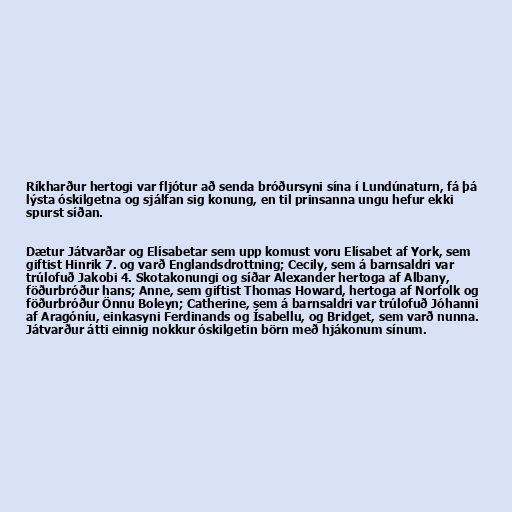
Ríkharður hertogi var fljótur að senda bróðursyni sína í Lundúnaturn, fá þá
lýsta óskilgetna og sjálfan sig konung, en til prinsanna ungu hefur ekki
spurst síðan.

Dætur Játvarðar og Elísabetar sem upp komust voru Elísabet af York, sem
giftist Hinrik 7. og varð Englandsdrottning; Cecily, sem á barnsaldri var
trúlofuð Jakobi 4. Skotakonungi og síðar Alexander hertoga af Albany,
föðurbróður hans; Anne, sem giftist Thomas Howard, hertoga af Norfolk og
föðurbróður Önnu Boleyn; Catherine, sem á barnsaldri var trúlofuð Jóhanni
af Aragóníu, einkasyni Ferdinands og Ísabellu, og Bridget, sem varð nunna.
Játvarður átti einnig nokkur óskilgetin börn með hjákonum sínum.